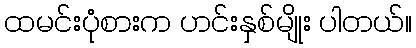
ထမင်းပုံစားက ဟင်းနှစ်မျိုး ပါတယ်။